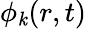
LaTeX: \phi_{\mathit{k}}(r,t)